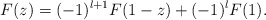
\begin{align*}F(z) = (-1)^{l+1}F(1-z) + (-1)^lF(1).\end{align*}